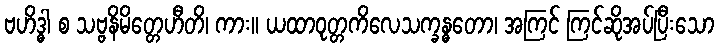
ဗဟိဒ္ဓါ စ သဗ္ဗနိမိတ္တေဟီတိ၊ ကား။ ယထာဝုတ္တကိလေသက္ခန္ဓတော၊ အကြင် ကြင်ဆိုအပ်ပြီးသော